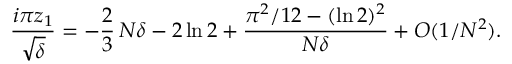
{ \frac { i \pi z _ { 1 } } { \sqrt { \delta } } } = - { \frac { 2 } { 3 } } \, N \delta - 2 \ln 2 + { \frac { \pi ^ { 2 } / 1 2 - ( \ln 2 ) ^ { 2 } } { N \delta } } + { \cal O } ( 1 / N ^ { 2 } ) .